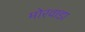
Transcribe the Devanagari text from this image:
मोरवाडा